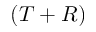
( T + R )